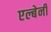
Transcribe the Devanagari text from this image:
एल्बेनी